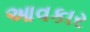
આવકાર